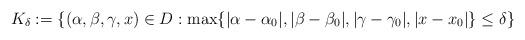
LaTeX: \begin{align*}K_\delta:=\{(\alpha,\beta,\gamma,x)\in D: \max\{ |\alpha-\alpha_0|, |\beta-\beta_0|, |\gamma-\gamma_0|, |x-x_0|\}\le \delta\}\end{align*}